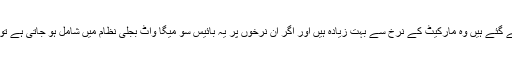
شوکت ترین کا یہ بھی کہنا تھا کہ ان معاہدوں میں بجلی کے جو نرخ طے کیے گئے ہیں وہ مارکیٹ کے نرخ سے بہت زیادہ ہیں اور اگر ان نرخوں پر یہ بائیس سو میگا واٹ بجلی نظام میں شامل ہو جاتی ہے تو ملک میں بجلی کے نرخوں میں براہ راست تیس فیصد تک اضافہ ہو جائے گا۔